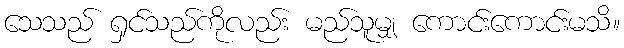
သေသည် ရှင်သည်ကိုလည်း မည်သူမျှ ကောင်းကောင်းမသိ။